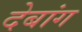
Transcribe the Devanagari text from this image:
देबांग